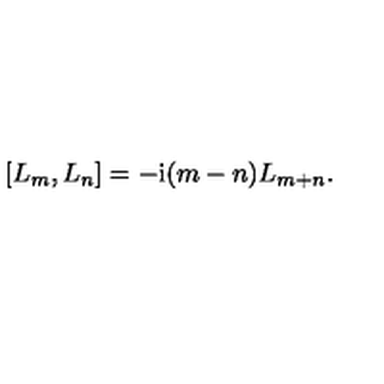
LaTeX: \left[ L _ { m } , L _ { n } \right] = - \mathrm { i } ( m - n ) L _ { m + n } .